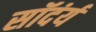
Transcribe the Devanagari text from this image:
सॉदंर्य